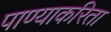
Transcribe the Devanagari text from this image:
पाण्याकरिता